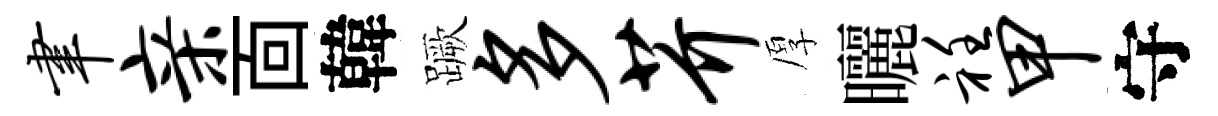
聿亲靣韓蹶多芥厚曬衽甲守